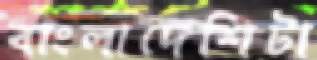
বাংলাদেশিটা